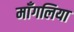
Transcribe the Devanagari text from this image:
माँगलिया